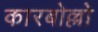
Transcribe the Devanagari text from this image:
कारबोल्लो